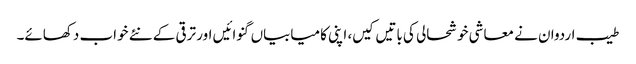
طیب اردوان نے معاشی خوشحالی کی باتیں کیں، اپنی کامیابیاں گنوائیں اور ترقی کے نئے خواب دکھائے۔